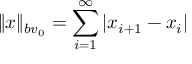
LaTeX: \| x \| _ { b v _ { 0 } } = \sum _ { i = 1 } ^ { \infty } | x _ { i + 1 } - x _ { i } |